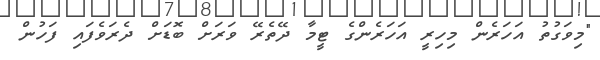
"މިވަގުތު އަހަރެން މިހިރީ އަހަރެންގެ ޓީމާ ދޭތެރޭ ވަރަށް ބޮޑަށް ދެރަވެފައި ފަހުން